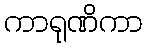
ကာရုဏိကာ